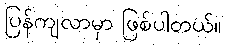
ပြန်ကျလာမှာ ဖြစ်ပါတယ်။